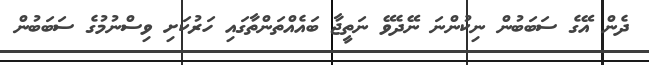
ދެން އޭގެ ސަބަބުން ނިކުންނަ ނޭދެވޭ ނަތީޖާ ބައެއްތަންތާގައި ހަރުކަށި ވިސްނުމުގެ ސަބަބުން